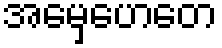
အမှေဟေတေ